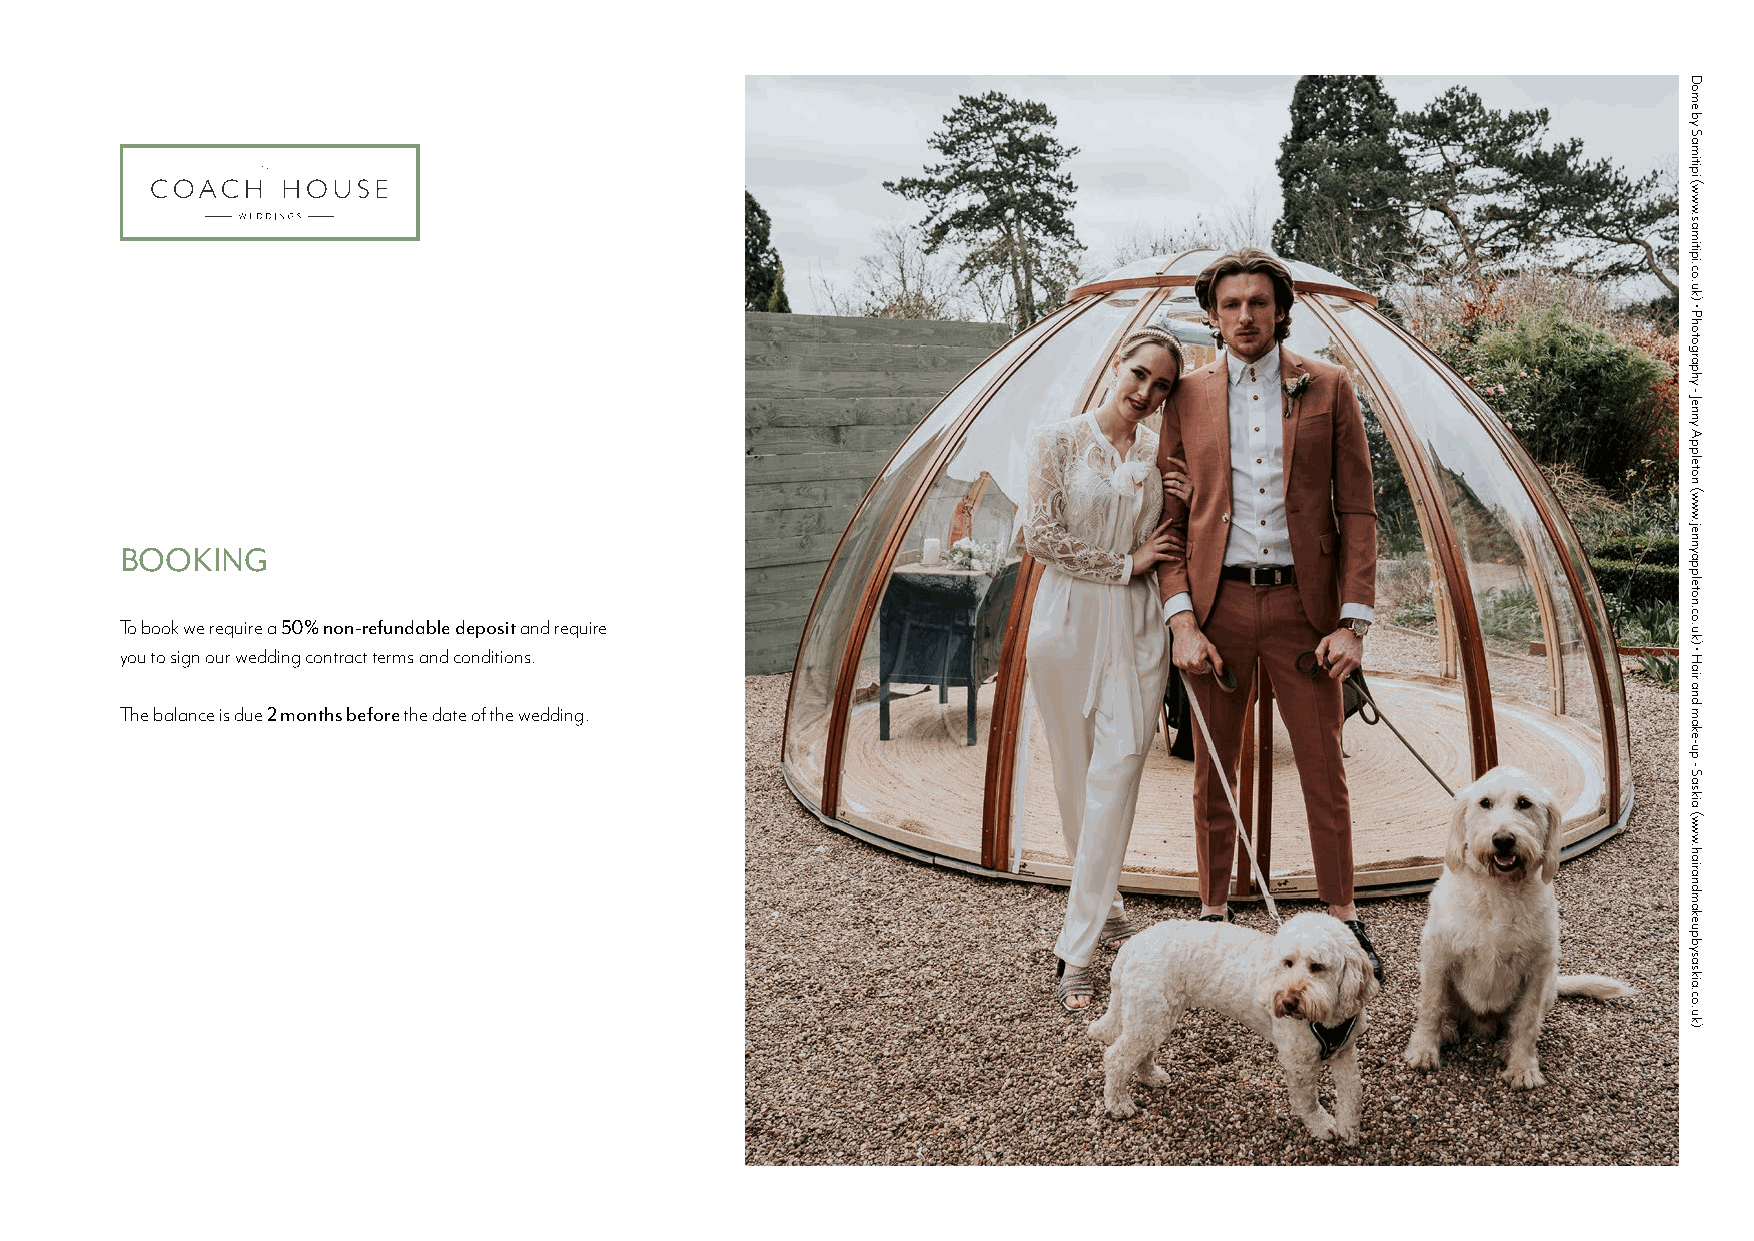
BOOKING
 To book we require a 50% non-refundable deposit and require
 you to sign our wedding contract terms and conditions.
 The balance is due 2 months before the date of the wedding.
 Dome
 by
 Samitipi
 (www.samitipi.co.uk)
 •
 Photography
 -
 Jenny
 Appleton
 (www.jennyappleton.co.uk)
 •
 Hair
 and
 make-up
 -
 Saskia
 (www.hairandmakeupbysaskia.co.uk)